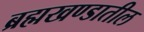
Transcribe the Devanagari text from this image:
ब्रह्मखण्डातील